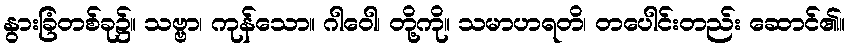
နွားခြံတစ်ခု၌။ သဗ္ဗာ၊ ကုန်သော။ ဂါဝေါ၊ တို့ကို။ သမာဟရတိ၊ တပေါင်းတည်း ဆောင်၏။